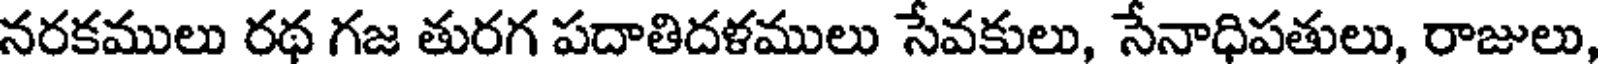
నరకములు రథ గజ తురగ పదాతిదళములు సేవకులు, సేనాధిపతులు, రాజులు,